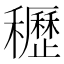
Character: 𥤀